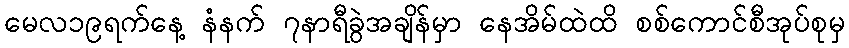
မေလ၁၉ရက်နေ့ နံနက် ၇နာရီခွဲအချိန်မှာ နေအိမ်ထဲထိ စစ်ကောင်စီအုပ်စုမှ